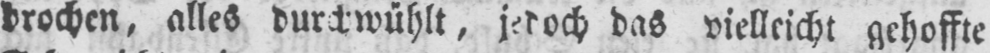
das vielleicht gehoffte